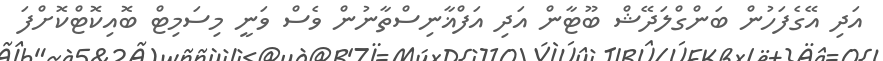
އަދި އޭގެފަހުން ބަންގްލަދޭޝް ބޫޓާން އަދި އަފްޣާނިސްތާނުން ވެސް ވަނީ މިސަމިޓް ބޮއިކޮޓްކޮށްފަ